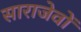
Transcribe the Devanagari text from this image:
साराजेवों